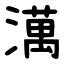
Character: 澫